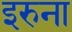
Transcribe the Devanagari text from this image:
इरुना